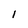
Character: i